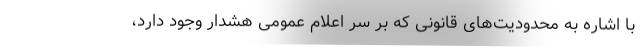
با اشاره به محدودیت‌های قانونی که بر سر اعلام عمومی هشدار وجود دارد،